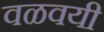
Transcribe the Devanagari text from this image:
वळवयी